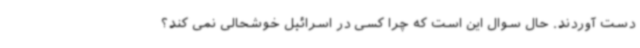
دست آوردند. حال سوال این است که چرا کسی در اسرائیل خوشحالی نمی کند؟